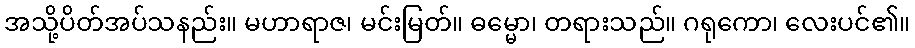
အသို့ပိတ်အပ်သနည်း။ မဟာရာဇ၊ မင်းမြတ်။ ဓမ္မော၊ တရားသည်။ ဂရုကော၊ လေးပင်၏။